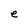
Character: e